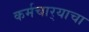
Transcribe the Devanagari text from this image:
कर्मचार्‍याचा